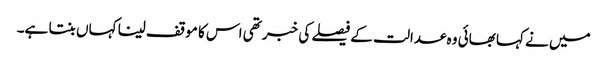
میں نے کہا بھائی وہ عدالت کے فیصلے کی خبر تھی اس کا موقف لینا کہاں بنتا ہے۔